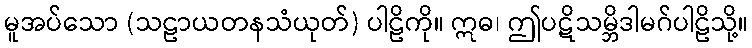
မူအပ်သော (သဠာယတနသံယုတ်) ပါဠိကို။ ဣဓ၊ ဤပဋိသမ္ဘိဒါမဂ်ပါဠိသို့။